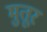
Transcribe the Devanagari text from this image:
मुतूर